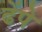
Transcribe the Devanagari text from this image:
ढेंपे